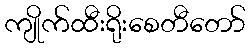
ကျိုက်ထီးရိုးစေတီတော်